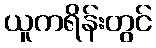
ယူကရိန်းတွင်